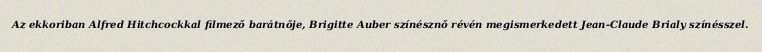
Az ekkoriban Alfred Hitchcockkal filmező barátnője, Brigitte Auber színésznő révén megismerkedett Jean-Claude Brialy színésszel.